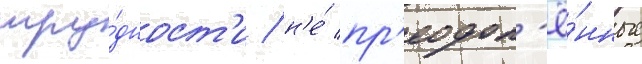
тру́дност'и / н'е́ пр'еодол'ё́нные